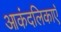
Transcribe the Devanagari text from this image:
आकंदलिकाएँ